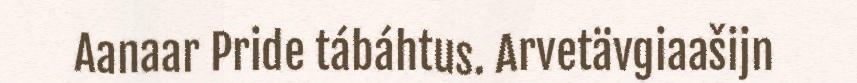
Aanaar Pride tábáhtus. Arvetävgiaašijn